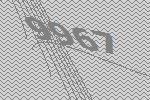
9967